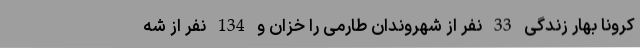
کرونا بهار زندگی 33 نفر از شهروندان طارمی را خزان و 134 نفر از شه